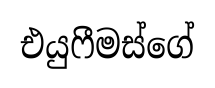
එයුෆීමස්ගේ